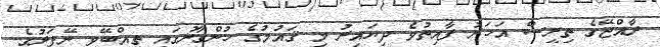
ރާއްޖޭގެ ތިރީސް އަހަރު ފާއިތުވެ ދިޔައިރު މި ޤައުމުގެ ހުންގާނުގައި ތިއްބޭވީ ނޭފަރުގެ